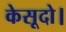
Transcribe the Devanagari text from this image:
केसूदो।